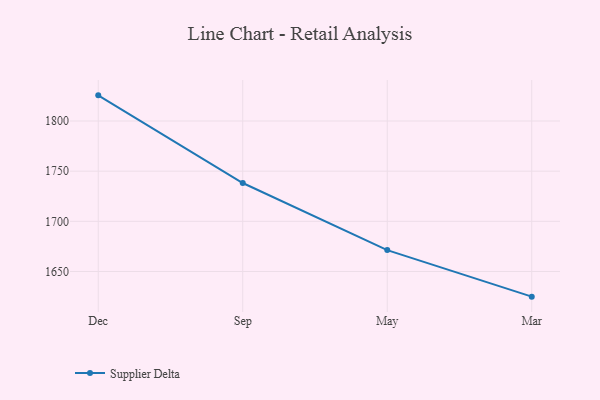
{"axis": {"x": "Month", "y": "Page Views"}, "legend": ["Supplier Delta"], "data": [{"x": "Dec", "y": 1825.6, "type": "Supplier Delta"}, {"x": "Sep", "y": 1738.2, "type": "Supplier Delta"}, {"x": "May", "y": 1671.3, "type": "Supplier Delta"}, {"x": "Mar", "y": 1624.9, "type": "Supplier Delta"}]}